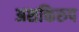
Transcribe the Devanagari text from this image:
अशक्तिरुप